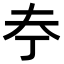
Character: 𪥃